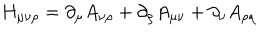
H _ { \mu \nu \rho } = \partial _ { \mu } A _ { \nu \rho } + \partial _ { \rho } A _ { \mu \nu } + \partial _ { \nu } A _ { \rho \mu }